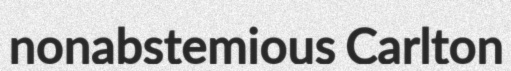
nonabstemious Carlton